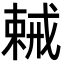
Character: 𢧧